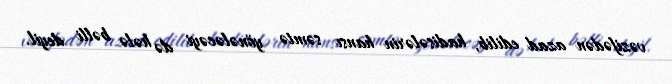
vəzifədən azad edilib, hadisələrin hansı səmtə yönələcəyi də hələ bəlli deyil.